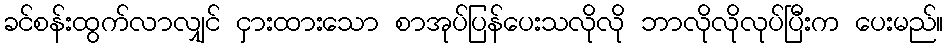
ခင်စန်းထွက်လာလျှင် ငှားထားသော စာအုပ်ပြန်ပေးသလိုလို ဘာလိုလိုလုပ်ပြီးက ပေးမည်။